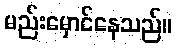
မည်းမှောင်နေသည်။